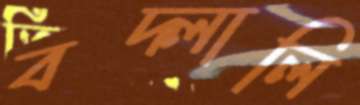
বদ্‌লালি